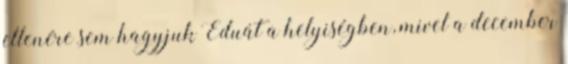
ellenére sem hagyjuk Eduát a helyiségben, mivel a december